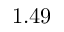
1 . 4 9